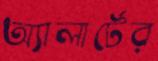
অ্যালার্টের